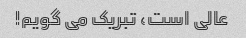
عالی است، تبریک می گویم!